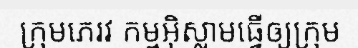
ក្រុមភេរវ កម្មអ៊ិស្លាមធ្វើឲ្យក្រុម